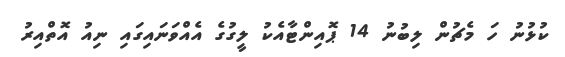
ކުޅުނު ހަ މެޗުން ލިބުނު 14 ޕޮއިންޓާއެކު ލީގުގެ އެއްވަނައިގައި ނިއު އޮތްއިރު